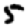
Digit: 5